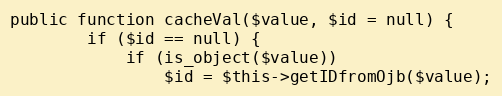
Language: PHP
public function cacheVal($value, $id = null) {
        if ($id == null) {
            if (is_object($value))
                $id = $this->getIDfromOjb($value);